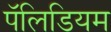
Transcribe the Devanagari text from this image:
पॅलिडियम